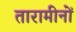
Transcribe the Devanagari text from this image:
तारामीनों